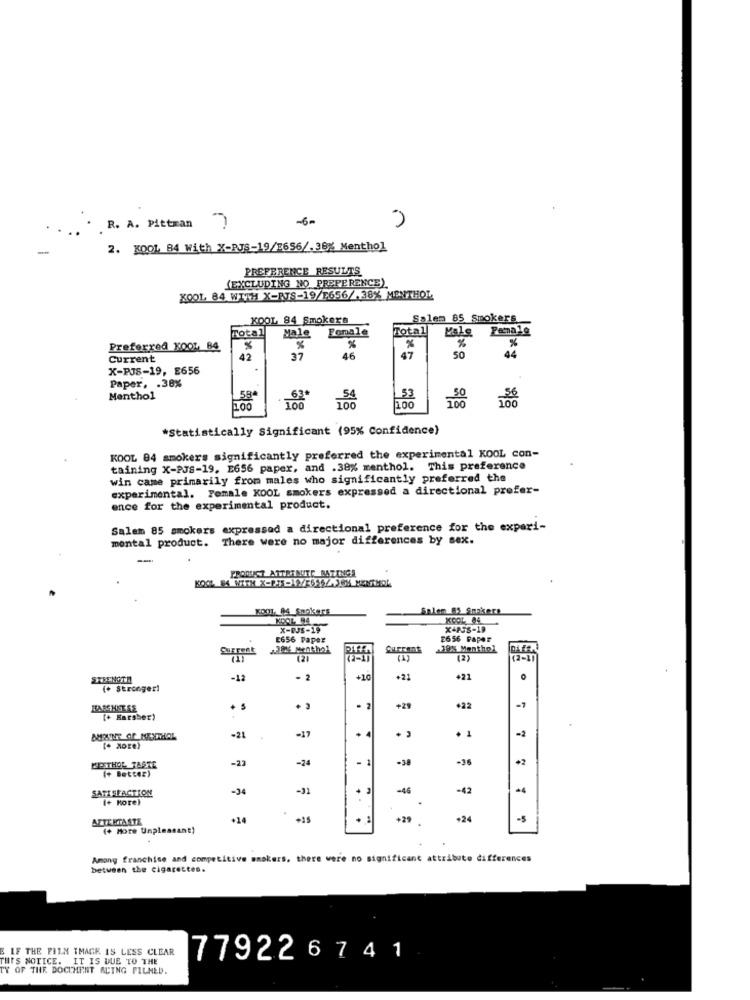
-6-
R. A. Pittman 7
-
2. KOOL 84 With X-RJS-19/1656/.36% Menthol
PREFERENCE RESULTS
(EXCLUDING NO PREFERENCE)
KOOL 84 WITH X-RTS-19/1656/38% MENTHOL
KOOL 84 Smokers
Salem 85 Smokers
Total
Male
Female
Total
Male
Penale
%
Preferred KOOL 84
%
%
Current
42
37
46
47
50
44
X-PJS-19, E656
Paper, . 38%
Menthol
58
33
100
100
100
*Statistically Significant (95% Confidence)
KOOL 84 smokers significantly preferred the experimental KOOL con-
taining X-PJS-19. E656 paper, and .38% menthol. This preference
win came primarily from males who significantly preferred the
experimental. Female KOOL smokers expressed a directional prefer-
ence for the experimental product.
Salem 85 smokers expressed a directional preference for the experi-
montal product. There were no major differences by sex.
PRODUCT ATTRTNUTE RATINGS
KOOL, 94 Smokers
Salen 85 Smokers
KOOL 94
X-PJS-19
X4P56-19
E656 Paper
2656 Paper
SUFFent
39% Menthol
12
(1)
(2)
STRENGTH
-12
- 2
+10
+21
421
(+ Stronger!
BASSHETSE
+29
·22
[+ Harsher)
-17
1
-2
-21
-23
-24
-38
-36
+2
PROSTHOL TASTE
(+ Better)
SATISFACTION
-34
-31
-46
-42
(+ HoTe)
AZTE HTASTE
+14
+15
. 1
+29
+24
-5
(+ More Unpleasant)
Among franchise and competitive smokers, there were no significant attribute differences
between the cigarettes.
E IF THE FILM TMACK IS LESS CLEAR
THIS NOTICE. IT IS DUE TO THE
779226 741
TY OF THE DOCUMENT ALING FILMED.